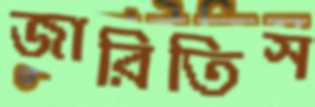
জারিতিস